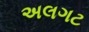
અલગટ